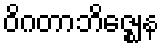
ဝိဂတာဘိဇ္ဈေန